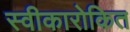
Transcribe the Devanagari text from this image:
स्वीकारोकित